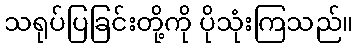
သရုပ်ပြခြင်းတို့ကို ပိုသုံးကြသည်။